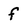
Character: f